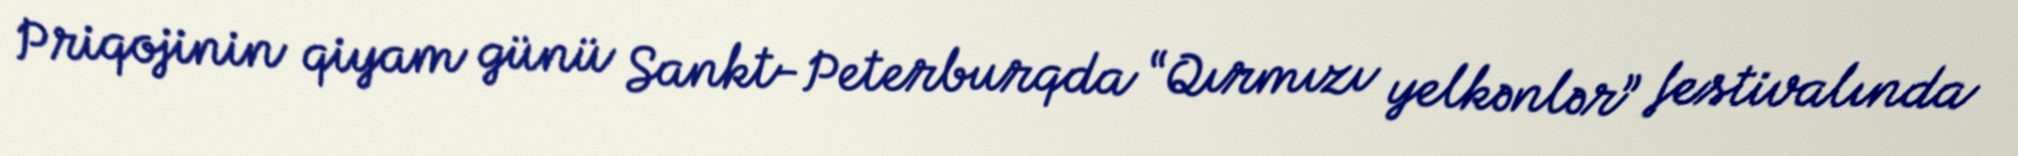
Priqojinin qiyam günü Sankt-Peterburqda “Qırmızı yelkənlər” festivalında